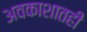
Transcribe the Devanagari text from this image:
अवकाशातही